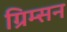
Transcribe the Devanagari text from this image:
ग्रिम्सन